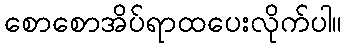
စောစောအိပ်ရာထပေးလိုက်ပါ။